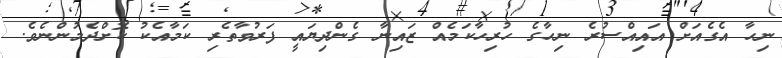
ނިހާ އެގެއަށް އައިއްސުރެ ނިހާގެ ހުރިހާކަމެއް ޒައިނާ ގެންދިޔައީ ފަރުވާތެރި ކަމާއެކު ކޮށްދެމުންނެވެ.